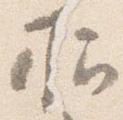
招